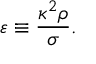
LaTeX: \varepsilon \equiv \frac { \kappa ^ { 2 } \rho } { \sigma } .